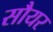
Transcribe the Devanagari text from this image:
सौयर